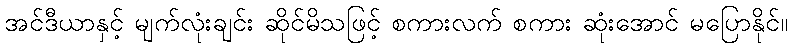
အင်ဒီယာနှင့် မျက်လုံးချင်း ဆိုင်မိသဖြင့် စကားလက် စကား ဆုံးအောင် မပြောနိုင်။